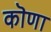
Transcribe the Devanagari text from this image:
कॊणा